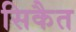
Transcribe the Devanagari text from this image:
सिकैत